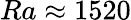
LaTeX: {Ra\approx 1520}